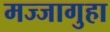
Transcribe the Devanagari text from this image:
मज्जागुहा